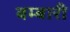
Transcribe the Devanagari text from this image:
बम्बारी